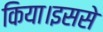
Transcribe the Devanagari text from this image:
किया।इससे